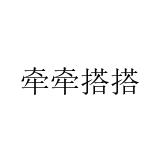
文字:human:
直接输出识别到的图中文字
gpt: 牵牵搭搭